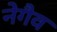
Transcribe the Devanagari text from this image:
नेगैव